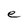
Character: e